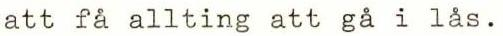
att få allting att gå i lås.